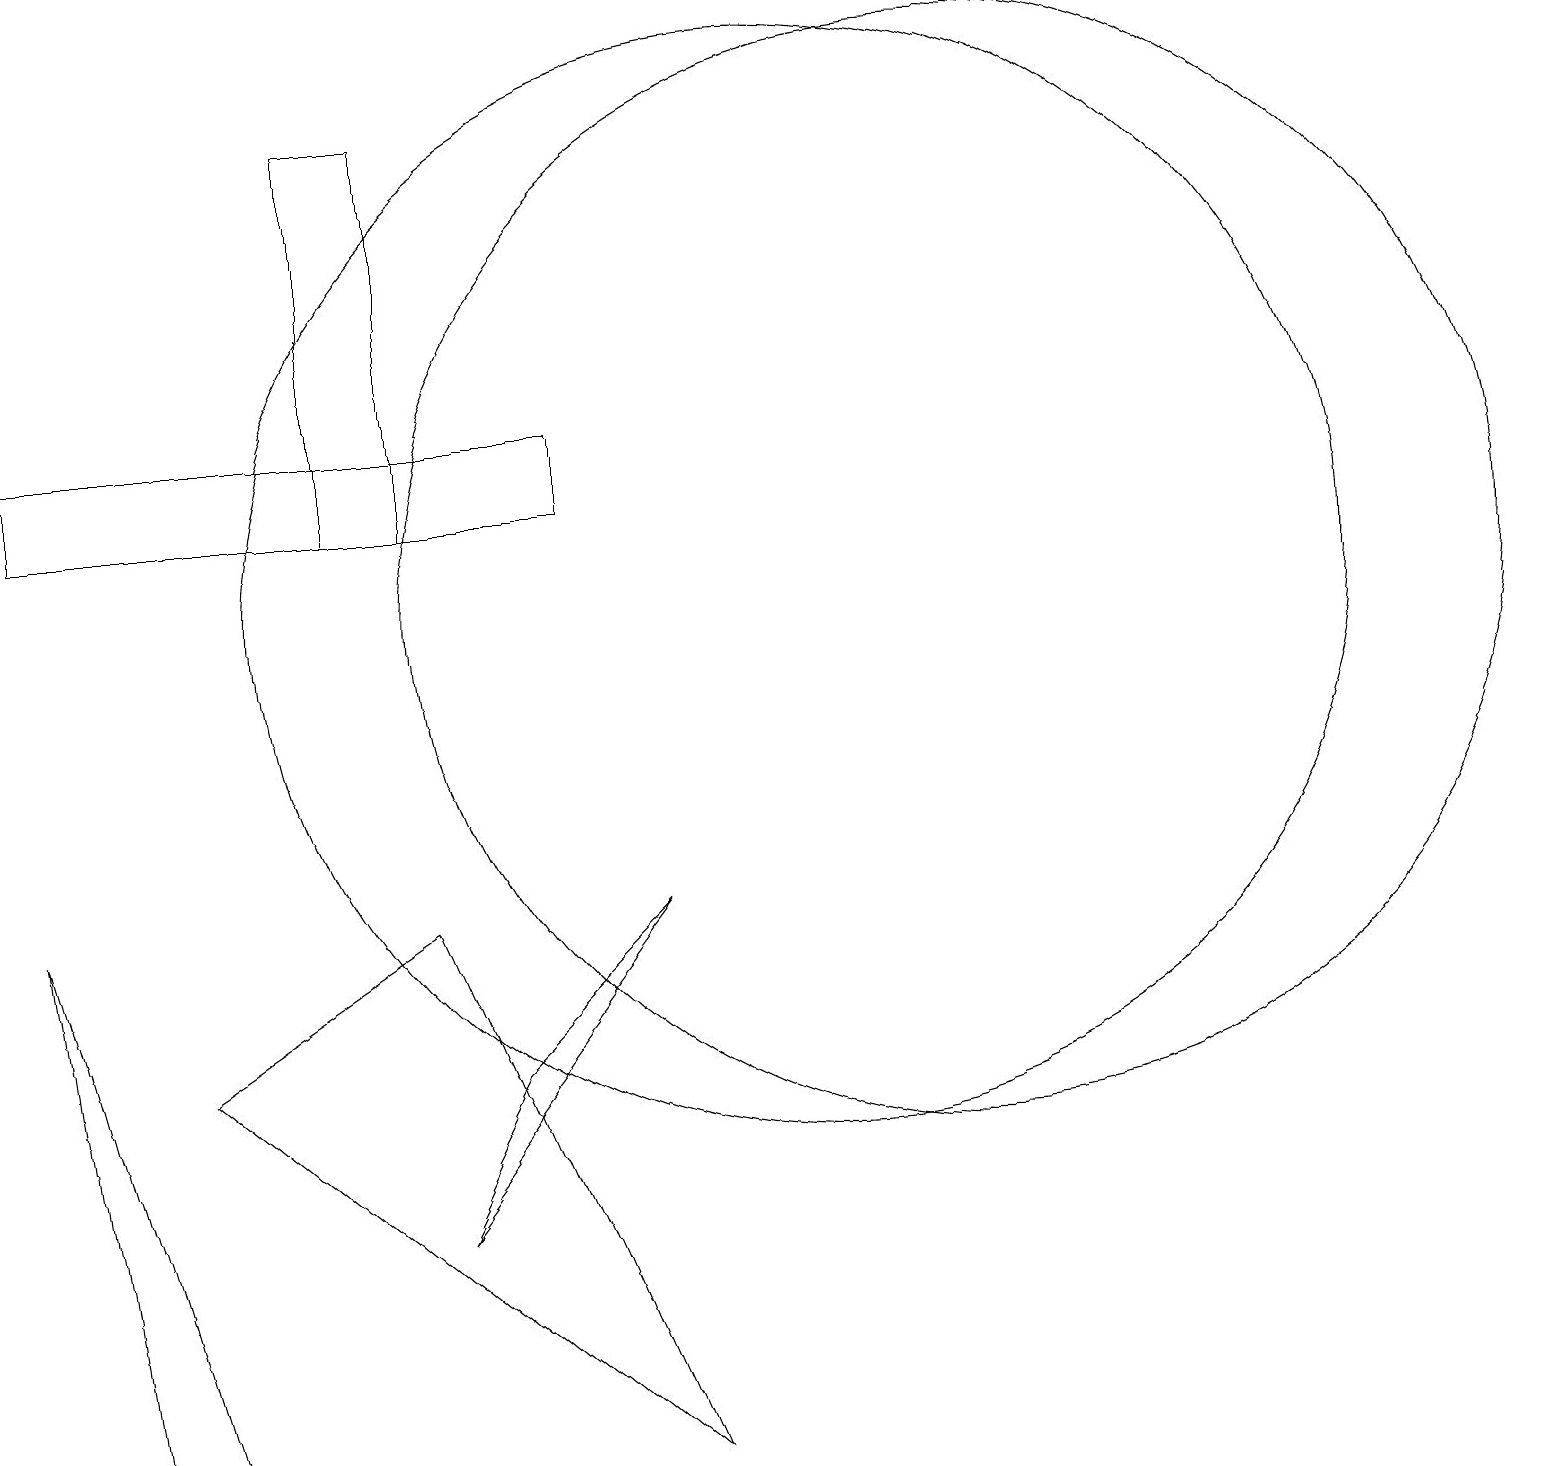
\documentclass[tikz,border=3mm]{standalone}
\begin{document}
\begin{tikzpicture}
\draw (10,11) circle (7);
\draw (12,11) circle (7);
\draw (0,13) rectangle (7,12);
\draw (6,5) -- (5,3) -- (8,7) -- cycle;
\draw (5,7) -- (8,0) -- (2,5) -- cycle;
\draw (1,0) -- (0,7) -- (2,0) -- cycle;
\draw (4,17) rectangle (5,12);
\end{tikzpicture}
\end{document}